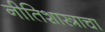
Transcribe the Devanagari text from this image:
नीतिशास्त्राचा